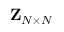
{ \mathbf { Z } } _ { N \times N }